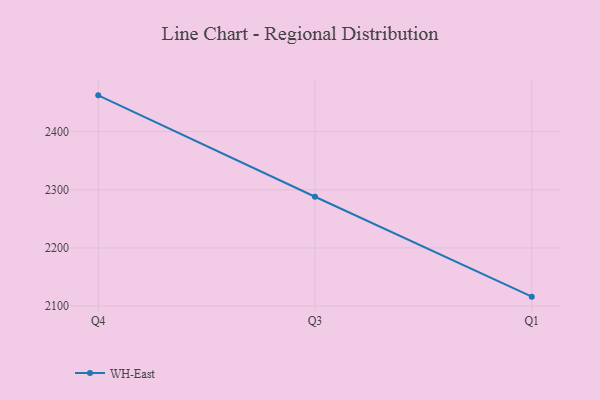
{"axis": {"x": "Quarter", "y": "Gross Profit (USD K)"}, "legend": ["WH-East"], "data": [{"x": "Q4", "y": 2462.3, "type": "WH-East"}, {"x": "Q3", "y": 2288.0, "type": "WH-East"}, {"x": "Q1", "y": 2116.2, "type": "WH-East"}]}